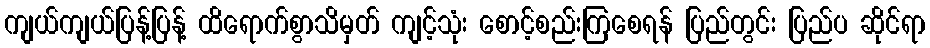
ကျယ်ကျယ်ပြန့်ပြန့် ထိရောက်စွာသိမှတ် ကျင့်သုံး စောင့်စည်းကြစေရန် ပြည်တွင်း ပြည်ပ ဆိုင်ရာ